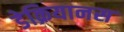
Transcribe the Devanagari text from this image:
डेक्रियानस